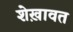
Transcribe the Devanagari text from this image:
शेख़ावत